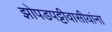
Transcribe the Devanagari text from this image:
झोपडपट्टीवासीयांना